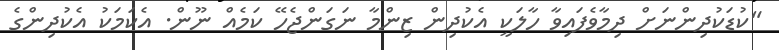
"ކުޑަކުދިންނަށް ދިމާވެފައިވާ ހާލަކީ އެކުދިން ޒިންމާ ނަގަންޖެހޭ ކަމެއް ނޫން. އެކަމަކު އެކުދިންގެ